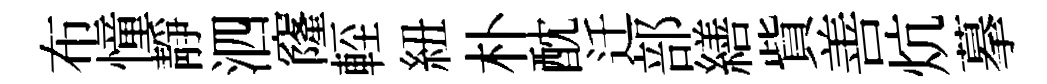
布憧靜泗窿䡖紐朴酖迁部繕貲善炕摹